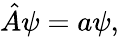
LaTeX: {\hat{A}}\psi=a\psi,